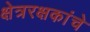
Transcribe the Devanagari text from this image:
क्षेत्ररक्षकांचे